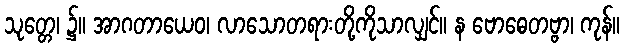
သုတ္တေ၊ ၌။ အာဂတာယေဝ၊ လာသောတရားတို့ကိုသာလျှင်။ န ဗောဓေတဗ္ဗာ၊ ကုန်။